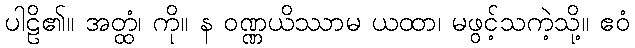
ပါဠိ၏။ အတ္ထံ၊ ကို။ န ဝဏ္ဏယိဿာမ ယထာ၊ မဖွင့်သကဲ့သို့။ ဧဝံ